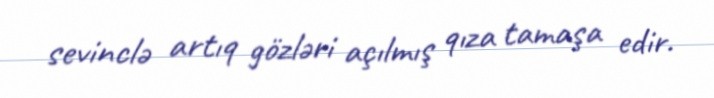
sevinclə artıq gözləri açılmış qıza tamaşa edir.